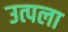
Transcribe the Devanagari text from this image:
उत्पला